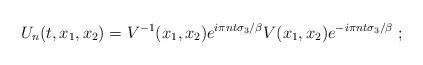
LaTeX: \begin{align*}U_n(t,x_1,x_2)=V^{-1}(x_1,x_2) e^{i \pi n t\sigma_3/\beta}V(x_1,x_2)e^{-i \pi n t\sigma_3/\beta} \; ;\end{align*}